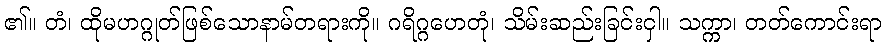
၏။ တံ၊ ထိုမဟဂ္ဂုတ်ဖြစ်သောနာမ်တရားကို။ ဂရိဂ္ဂဟေတုံ၊ သိမ်းဆည်းခြင်းငှါ။ သက္ကာ၊ တတ်ကောင်းရာ